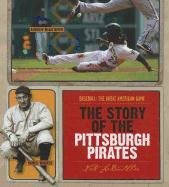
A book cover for The Story of the Pittsburgh Pirates (Baseball: the Great American Game); Nate Leboutillier; Teen & Young Adult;